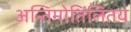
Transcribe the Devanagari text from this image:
अन्तिमोतिलितय